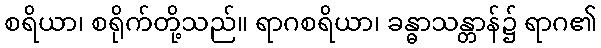
စရိယာ၊ စရိုက်တို့သည်။ ရာဂစရိယာ၊ ခန္ဓာသန္တာန်၌ ရာဂ၏